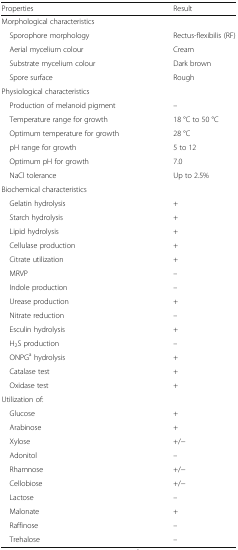
<table><thead><tr><td><b>Properties</b></td><td><b>Result</b></td></tr></thead><tbody><tr><td colspan="2">Morphological characteristics</td></tr><tr><td> Sporophore morphology</td><td>Rectus-flexibilis (RF)</td></tr><tr><td> Aerial mycelium colour</td><td>Cream</td></tr><tr><td> Substrate mycelium colour</td><td>Dark brown</td></tr><tr><td> Spore surface</td><td>Rough</td></tr><tr><td colspan="2">Physiological characteristics</td></tr><tr><td> Production of melanoid pigment</td><td>–</td></tr><tr><td> Temperature range for growth</td><td>18 °C to 50 °C</td></tr><tr><td> Optimum temperature for growth</td><td>28 °C</td></tr><tr><td> pH range for growth</td><td>5 to 12</td></tr><tr><td> Optimum pH for growth</td><td>7.0</td></tr><tr><td> NaCl tolerance</td><td>Up to 2.5%</td></tr><tr><td colspan="2">Biochemical characteristics</td></tr><tr><td> Gelatin hydrolysis</td><td>+</td></tr><tr><td> Starch hydrolysis</td><td>+</td></tr><tr><td> Lipid hydrolysis</td><td>+</td></tr><tr><td> Cellulase production</td><td>+</td></tr><tr><td> Citrate utilization</td><td>+</td></tr><tr><td> MRVP</td><td>–</td></tr><tr><td> Indole production</td><td>–</td></tr><tr><td> Urease production</td><td>+</td></tr><tr><td> Nitrate reduction</td><td>–</td></tr><tr><td> Esculin hydrolysis</td><td>+</td></tr><tr><td> H<sub>2</sub>S production</td><td>–</td></tr><tr><td> ONPG<sup>a</sup> hydrolysis</td><td>+</td></tr><tr><td> Catalase test</td><td>+</td></tr><tr><td> Oxidase test</td><td>+</td></tr><tr><td colspan="2">Utilization of:</td></tr><tr><td> Glucose</td><td>+</td></tr><tr><td> Arabinose</td><td>+</td></tr><tr><td> Xylose</td><td>+/−</td></tr><tr><td> Adonitol</td><td>–</td></tr><tr><td> Rhamnose</td><td>+/−</td></tr><tr><td> Cellobiose</td><td>+/−</td></tr><tr><td> Lactose</td><td>–</td></tr><tr><td> Malonate</td><td>+</td></tr><tr><td> Raffinose</td><td>–</td></tr><tr><td> Trehalose</td><td>–</td></tr></tbody></table>